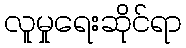
လူမှုရေးဆိုင်ရာ